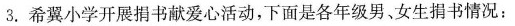
3.希翼小学开展捐书献爱心活动，下面是各年级男女生捐书情况：